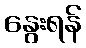
နွေးရန်